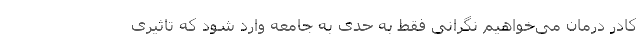
کادر درمان می‌خواهیم نگرانی فقط به حدی به جامعه وارد شود که تاثیری